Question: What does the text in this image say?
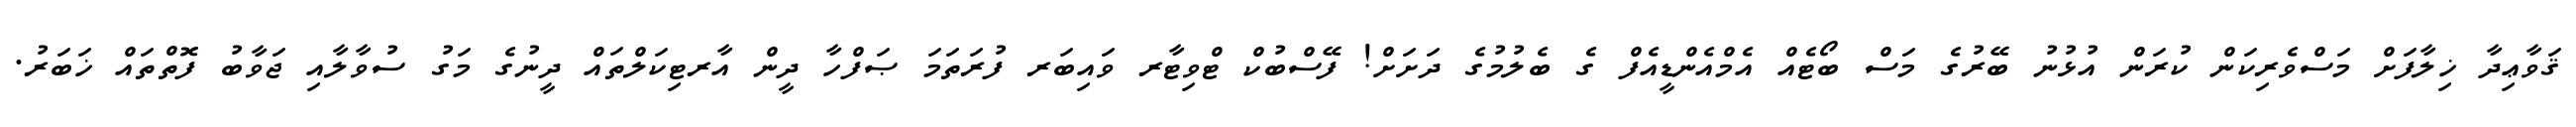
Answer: ޤަވާޢިދާ ޚިލާފަށް މަސްވެރިކަން ކުރަން އުޅުނު ބޭރުގެ މަސް ބޯޓެއް އެމްއެންޑީއެފް ގެ ބެލުމުގެ ދަށަށް! ފޭސްބުކް ޓްވިޓާރ ވައިބަރ ފުރަތަމަ ޞަފްހާ ދީން އާރޓިކަލްތައް ދީނުގެ މަގު ސުވާލާއި ޖަވާބު ފޮތްތައް ޚަބަރު.